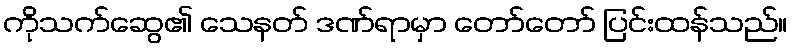
ကိုသက်ဆွေ၏ သေနတ် ဒဏ်ရာမှာ တော်တော် ပြင်းထန်သည်။